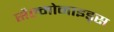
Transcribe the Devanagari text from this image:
सैल्मोनाइड्स